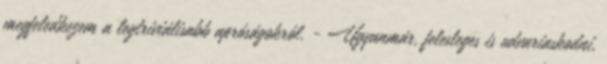
megfeledkezem a legtriviálisabb apróságokról. - Ugyanmár, felesleges is udvariaskodni,